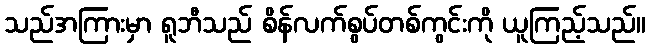
သည်အကြားမှာ ရူဘီသည် စိန်လက်စွပ်တစ်ကွင်းကို ယူကြည့်သည်။